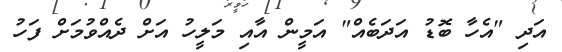
އަދި "އެހާ ބޮޑު އަދަބެއް" އަމީން އާއި މަލީހު އަށް ދެއްވުމަށް ފަހު